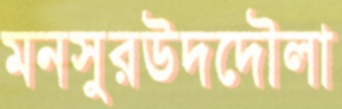
মনসুরউদদৌলা